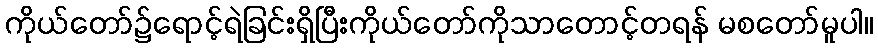
ကိုယ်တော်၌ရောင့်ရဲခြင်းရှိပြီးကိုယ်တော်ကိုသာတောင့်တရန် မစတော်မူပါ။